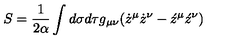
S = \frac 1 { 2 \alpha } \int d \sigma d \tau g _ { \mu \nu } ( \dot { z } ^ { \mu } \dot { z } ^ { \nu } - \acute { z } ^ { \mu } \acute { z } ^ { \nu } )